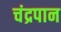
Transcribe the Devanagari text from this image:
चंद्रपान